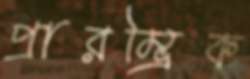
প্রারম্ভিক